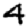
Digit: 4